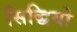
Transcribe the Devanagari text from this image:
सिद्धियो